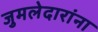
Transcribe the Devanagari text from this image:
जुमलेदारांना